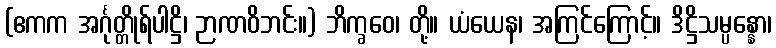
(ဧကက အင်္ဂုတ္တိုရ်ပါဋ္ဌိ၊ ဉာဏဝိဘင်း။) ဘိက္ခဝေ၊ တို့။ ယံယေန၊ အကြင်ကြောင့်။ ဒိဋ္ဌိသမ္ပန္နော၊